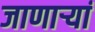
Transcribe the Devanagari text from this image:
जाणाऱ्यां